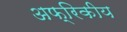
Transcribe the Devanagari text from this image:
अफ्रिकीय